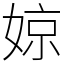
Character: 婛